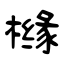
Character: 橼